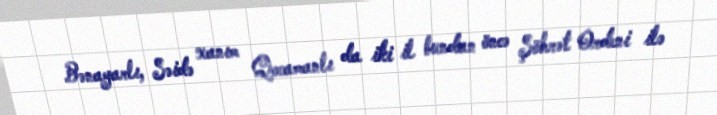
Bənayarlı, Səidə xanım Qocamanlı da iki il bundan öncə Şöhrət Ordeni ilə